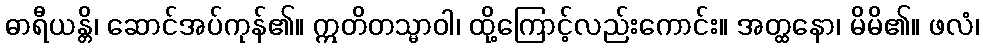
ဓာရီယန္တိ၊ ဆောင်အပ်ကုန်၏။ ဣတိတသ္မာဝါ၊ ထို့ကြောင့်လည်းကောင်း။ အတ္ထနော၊ မိမိ၏။ ဖလံ၊